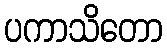
ပကာသိတော